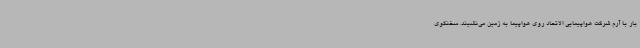
بار با آرم شرکت هواپیمایی الاتحاد روی هواپیما به زمین می‌نشیند. سخنگوی